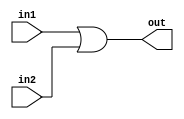
module bit32or (out,in1,in2);
 input [31:0] in1,in2;
 output [31:0] out;
 assign out = in1 | in2;
endmodule

// module tb32bitor;
// 	reg [31:0] IN1,IN2;
// 	wire [31:0] OUT;
// 	bit32or or1 (OUT,IN1,IN2);
// 	initial
// 	begin
// 		$monitor("in1 %b \nin2 %b \nout:%b\n", IN1, IN2, OUT);
// 		IN1=32'hA5A5;
// 		IN2=32'h5A5A;
// 		#100 IN1=32'h5A5A;
// 		#400 $finish;
// 	end
// endmodule